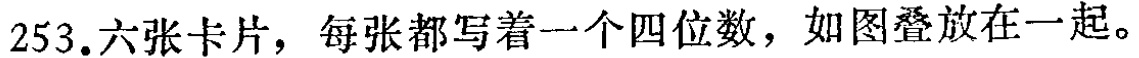
253.六张卡片，每张都写着一个四位数，如图叠放在一起。